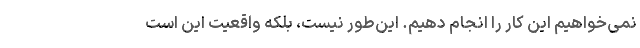
نمی‌خواهیم این کار را انجام دهیم. این‌طور نیست، بلکه واقعیت این است